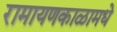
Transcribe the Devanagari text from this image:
रामायणकाळामधे